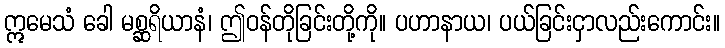
ဣမေသံ ခေါ မစ္ဆရိယာနံ၊ ဤဝန်တိုခြင်းတို့ကို။ ပဟာနာယ၊ ပယ်ခြင်းငှာလည်းကောင်း။